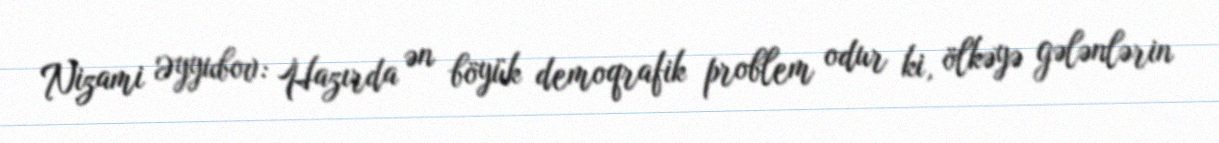
Nizami Əyyubov: Hazırda ən böyük demoqrafik problem odur ki, ölkəyə gələnlərin